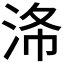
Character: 𣴗